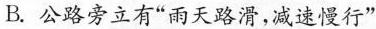
B.公路旁立有”雨天路滑，减速慢行”